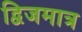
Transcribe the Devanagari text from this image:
द्विजमात्र